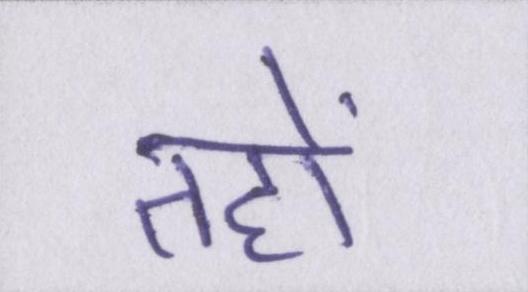
तहों